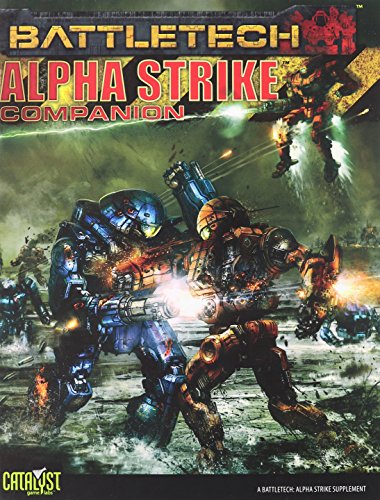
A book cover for Battletech Alpha Strike Companion; Science Fiction & Fantasy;